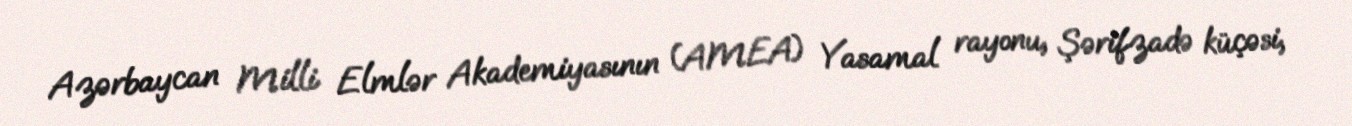
Azərbaycan Milli Elmlər Akademiyasının (AMEA) Yasamal rayonu, Şərifzadə küçəsi,